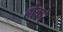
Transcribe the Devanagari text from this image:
ठोकरे